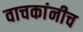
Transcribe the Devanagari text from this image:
वाचकांनीच